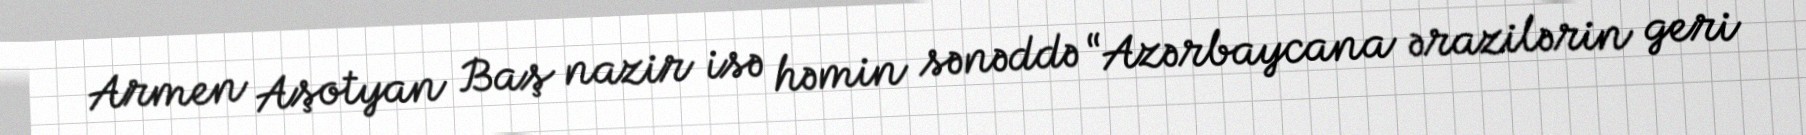
Armen Aşotyan Baş nazir isə həmin sənəddə “Azərbaycana ərazilərin geri